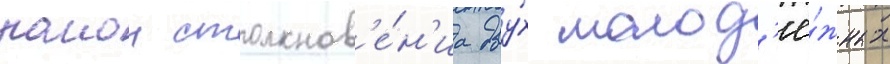
раион столкнов'е́н'иа дву́х молод'ё́жных